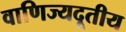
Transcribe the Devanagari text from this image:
वाणिज्यदूतीय